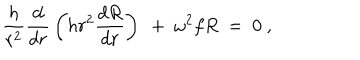
{ \frac { h } { r ^ { 2 } } } { \frac { d } { d r } } \left( h r ^ { 2 } { \frac { d R } { d r } } \right) ~ + ~ \omega ^ { 2 } f R ~ = ~ 0 ~ ,